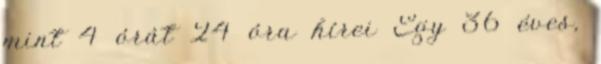
mint 4 órát 24 óra hírei Egy 36 éves,